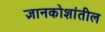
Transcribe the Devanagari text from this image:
ज्ञानकोशांतील